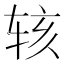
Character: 𬨇